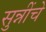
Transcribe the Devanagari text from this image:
सुन्नींचे